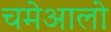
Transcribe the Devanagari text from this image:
चमेआलो